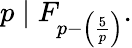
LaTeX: p\mid F_{p-\left({\frac{5}{p}}\right)}.